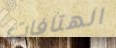
الهتافات